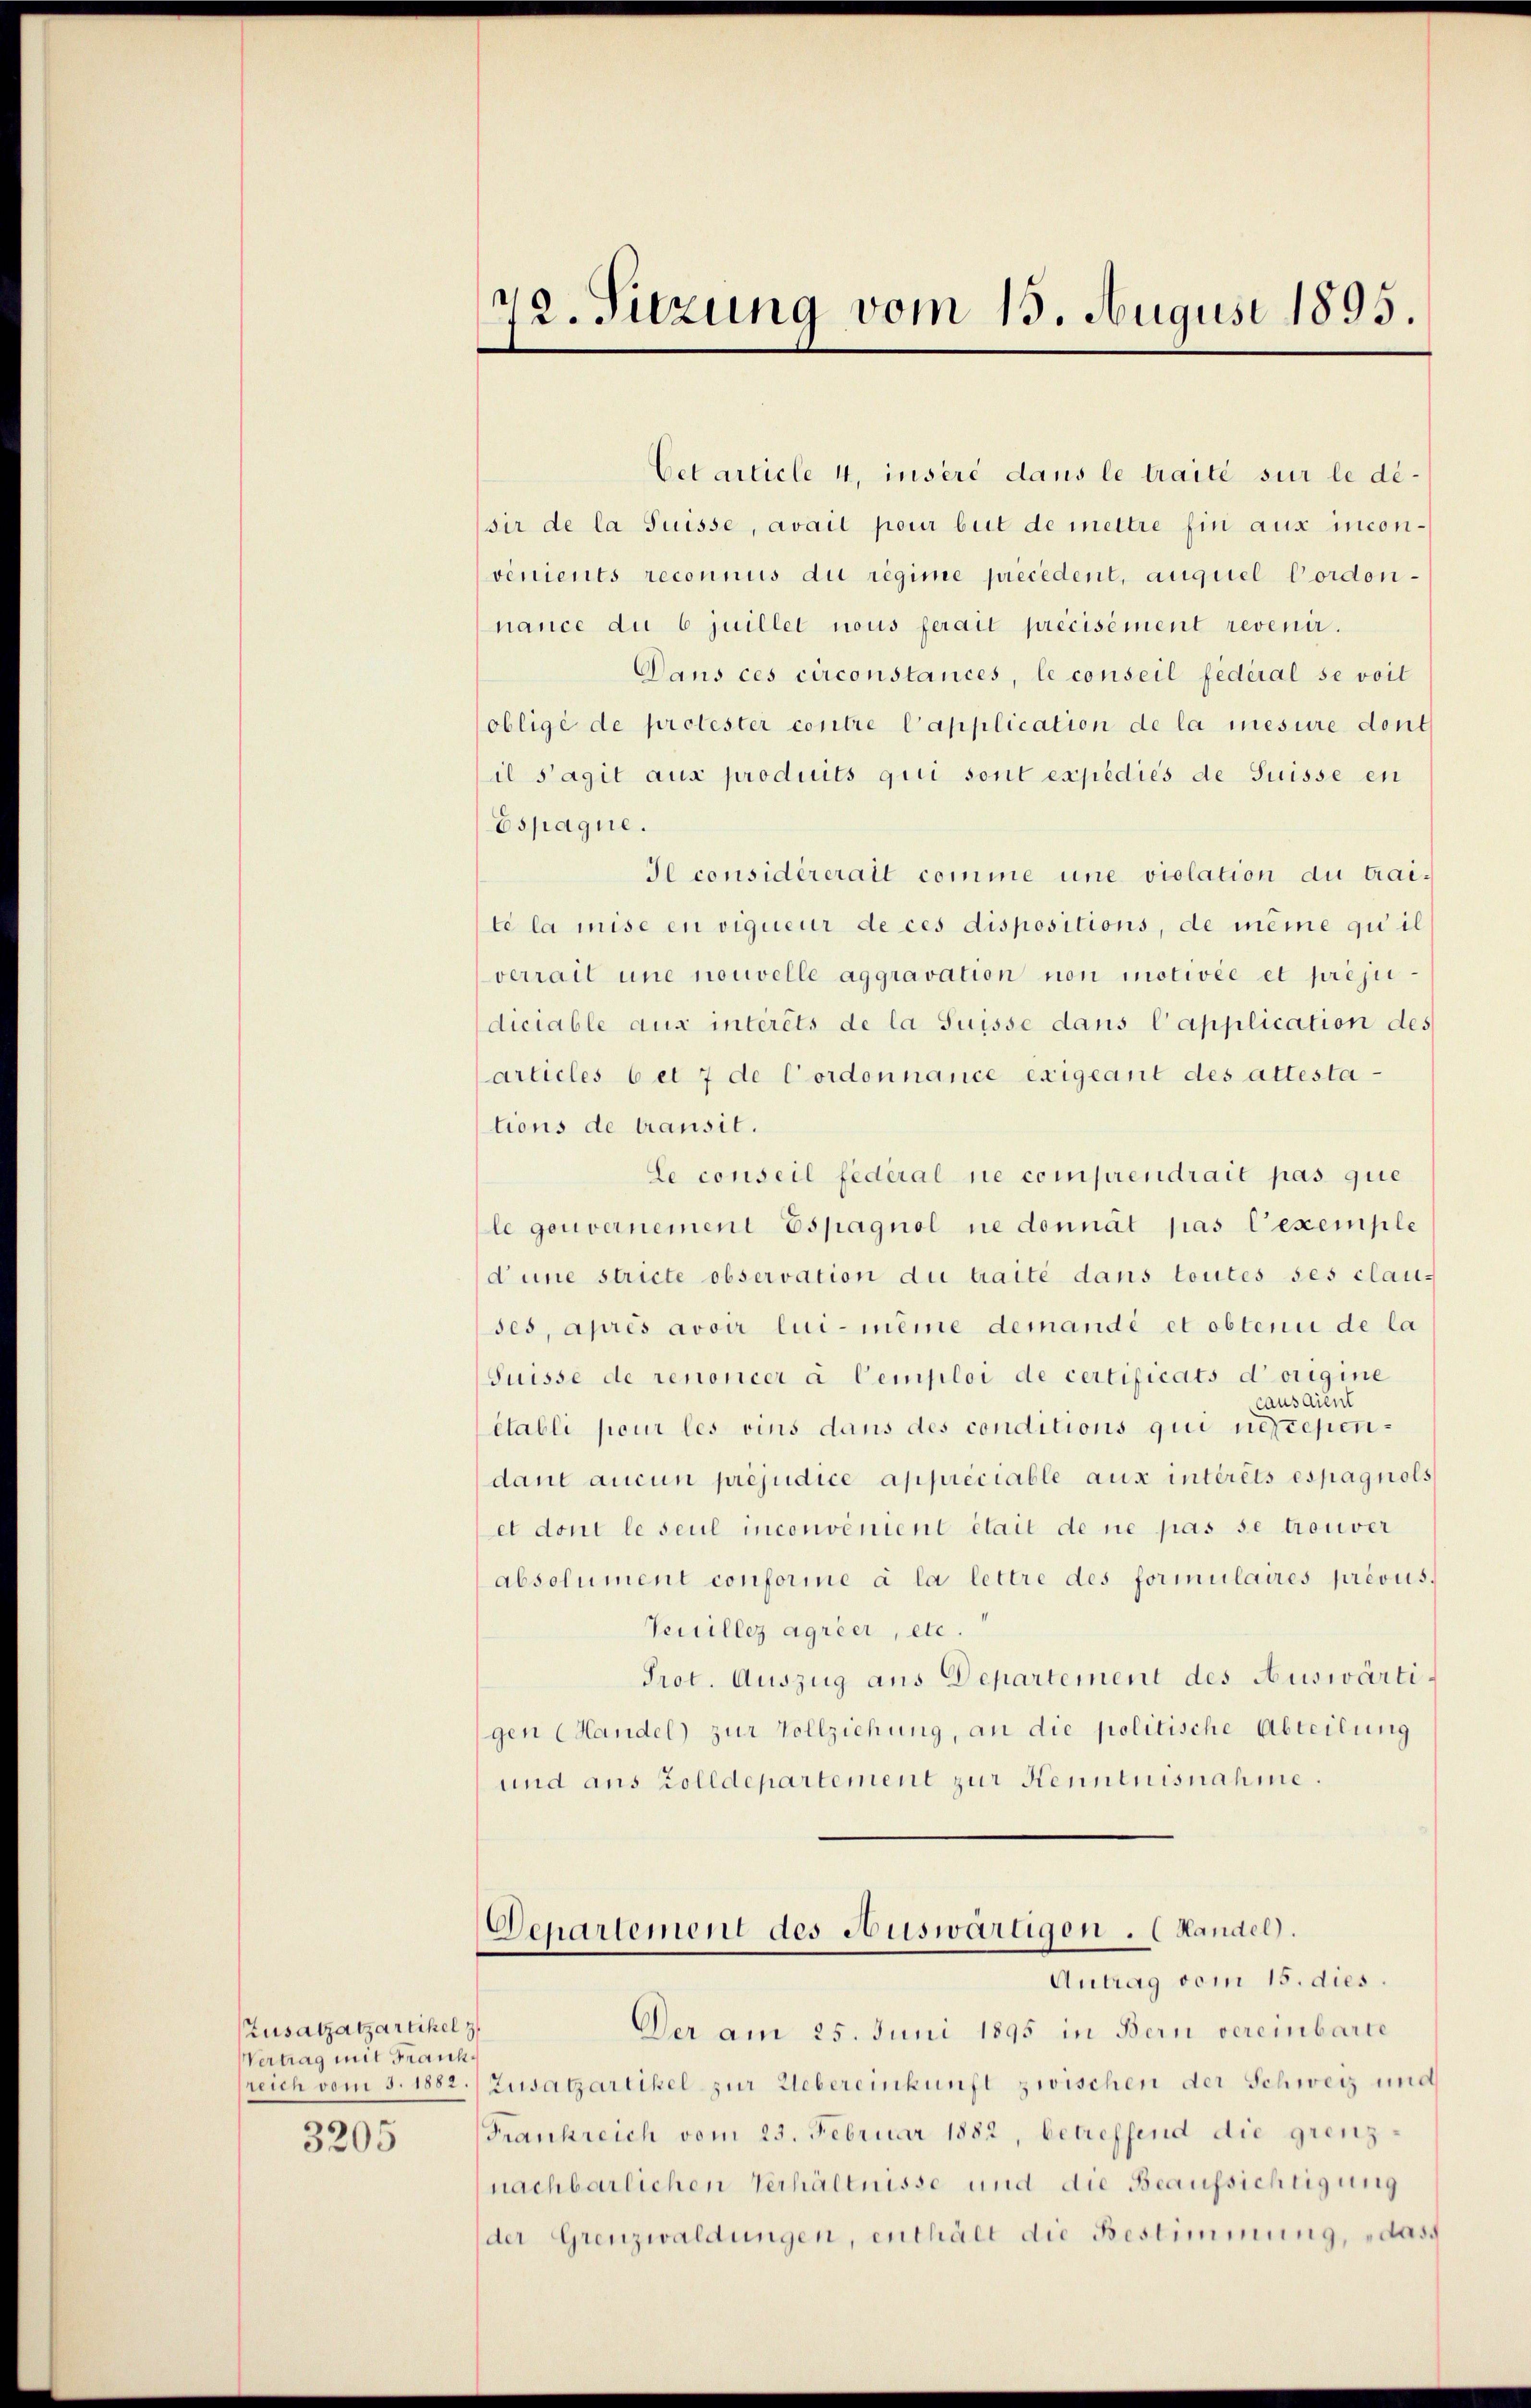
Zusatzatzartikel z
Vertrag mit Frank¬
3205

72. Sitzung vom 15. August 1895.

Cet article 4, inséré dans le traité sur le dé-
sir de la Suisse, avait pour beit de mettre hin aux inconvenients reconnus du regime precedent, auguel Cordonnance du 6 juillet nous ferait précisément revenir.
Dans ces circonstances, le conseil fédéral se voit
obligé de protester contre Capplication de la mesure dont
il s’agit aus produits qui sont expedies de Suisse en
Espagne.
Il considérerait comme une violation du traite la mise en vigueur de ces dispositions, de même qui il
verrait une nouvelle aggravation non motivée et préjudiciable aux intérêts de la Suisse dans l’application des
articles 6 et 7 de Cordonnance exigeant des attesta-
tions de transit.
Le conseil fédéral ne comprendrait pas que
le gouvernement Espagnol ne donnat pas l’exemple
d une stricte observation du traité dans toutes ses clau-
ses, après avoir lui-même demandi et obtenii de la
Suisse de renoncer à Cemploi de certificats d’origine
causaient
établi pour les vins dans des conditions qui necependant aucun préjudice appréciable aux intérêts espagnols
et dont le seul inconvenient était de ne pas se trouver
absolument conformne à la lettre des formulaires prévus.
Teuillez agrier, etc.“
Prot. Auszug aus Departement des Auswärtigen (Handel zur Vollziehung, an die politische Abteilung
und aus Zolldepartement zur Kenntnisnahme.

Departement des Auswärtigen . (Handel.
Antrag vom 15. dies.

Der am 25. Juni 1895 in Bern vereinbarte
sreich vom 5. 1882.) Zusatzartikel zur Uebereinkunft zwischen der Schweiz und
Frankreich vom 23. Februar 1882, betreffend die grenznachbarlichen Verhältnisse und die Beaufsichtigung
(der Grenzwaldungen, enthält die Bestimmung, „dass